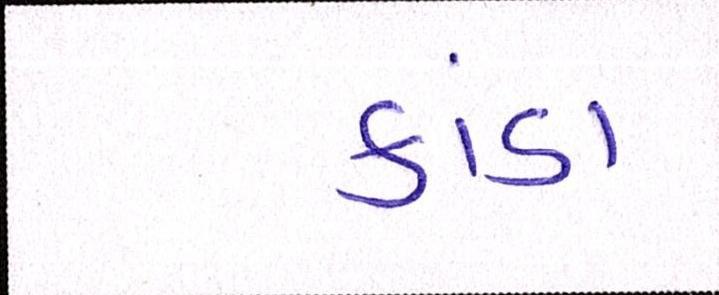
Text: કાંડા